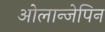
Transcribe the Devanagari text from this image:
ओलान्जेपिन